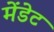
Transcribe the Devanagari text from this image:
मेंडेट